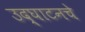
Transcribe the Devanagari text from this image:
उद्घाटनचे